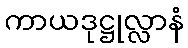
ကာယဒုဋ္ဌုလ္လာနံ